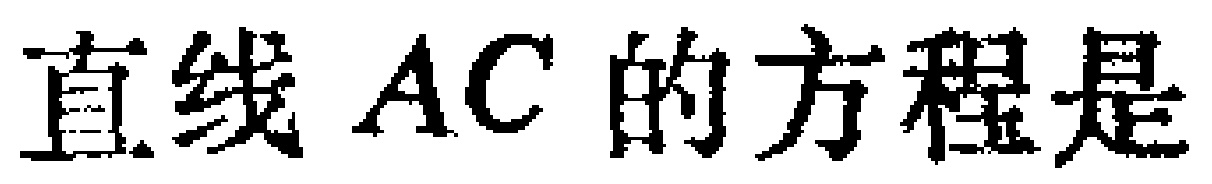
直线 \(AC\) 的方程是